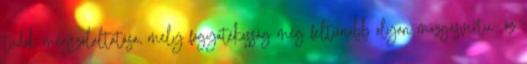
tudók megszólaltatása, mely fogyatékosság még feltűnőbb olyan mozgásvirtu- óz